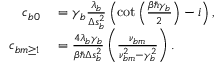
\begin{array} { r l } { c _ { b 0 } } & { { } = \gamma _ { b } \frac { \lambda _ { b } } { \Delta s _ { b } ^ { 2 } } \left( \cot \left( \frac { \beta \hbar \gamma _ { b } } { 2 } \right) - i \right) , } \\ { c _ { b m \ge 1 } } & { { } = \frac { 4 \lambda _ { b } \gamma _ { b } } { \beta \hbar \Delta s _ { b } ^ { 2 } } \left( \frac { \nu _ { b m } } { \nu _ { b m } ^ { 2 } - \gamma _ { b } ^ { 2 } } \right) . } \end{array}